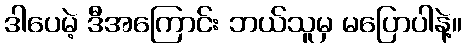
ဒါပေမဲ့ ဒီအကြောင်း ဘယ်သူမှ မပြောပါနဲ့။